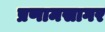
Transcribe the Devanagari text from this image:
प्रणामसागर